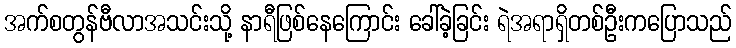
အက်စတွန်ဗီလာအသင်းသို့ နာရီဖြစ်နေကြောင်း ခေါ်ခဲ့ခြင်း ရဲအရာရှိတစ်ဦးကပြောသည်